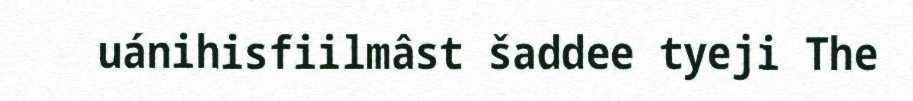
uánihisfiilmâst šaddee tyeji The